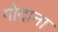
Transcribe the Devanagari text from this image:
गोदाना